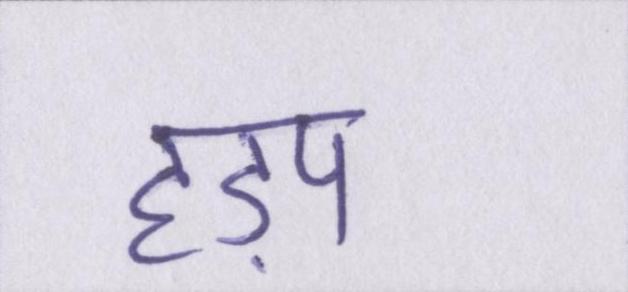
हड़प